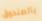
بالصندوق